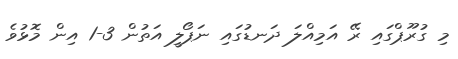
މި ގުރޫޕްގައި ރޭ އަމިއްލަ ދަނޑުގައި ނަޕޯލީ އަތުން 3-1 އިން މޮޅުވެ